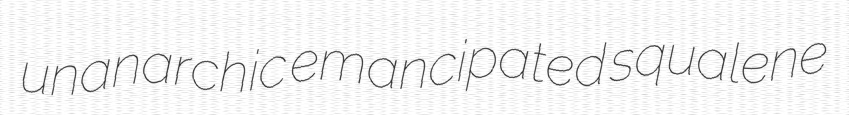
unanarchic emancipated squalene